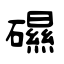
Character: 礘